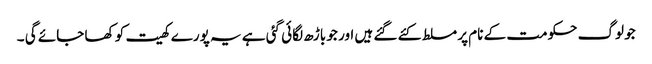
جو لوگ حکومت کے نام پر مسلط کئے گئے ہیں اور جو باڑھ لگائی گئی ہے یہ پورے کھیت کو کھا جائے گی ۔